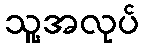
သူ့အလုပ်